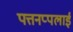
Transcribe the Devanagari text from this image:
पत्तनप्पलाई